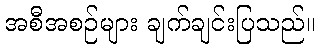
အစီအစဉ်များ ချက်ချင်းပြသည်။